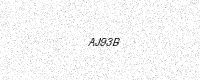
Text: AJ93B